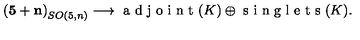
\mathbf { ( 5 + n ) } _ { S O ( 5 , n ) } \longrightarrow \textrm { a d j o i n t } ( K ) \oplus \textrm { s i n g l e t s } ( K ) .